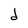
Character: d